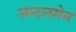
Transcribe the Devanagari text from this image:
जन्टलमेन